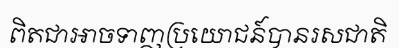
ពិតជាអាចទាញប្រយោជន៍បានរសជាតិ